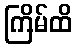
ကြိမ်ထိ